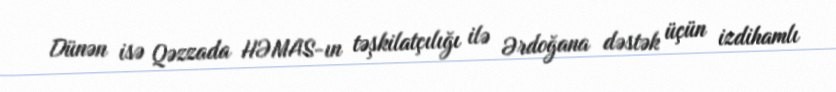
Dünən isə Qəzzada HƏMAS-ın təşkilatçılığı ilə Ərdoğana dəstək üçün izdihamlı